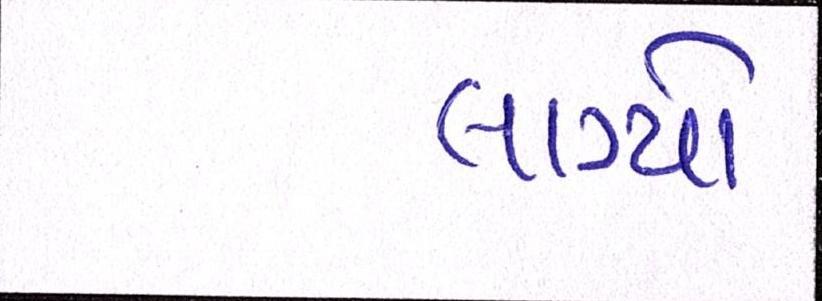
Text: લાગ્યો